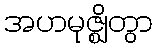
အဟမုဇ္ဈိတွာ